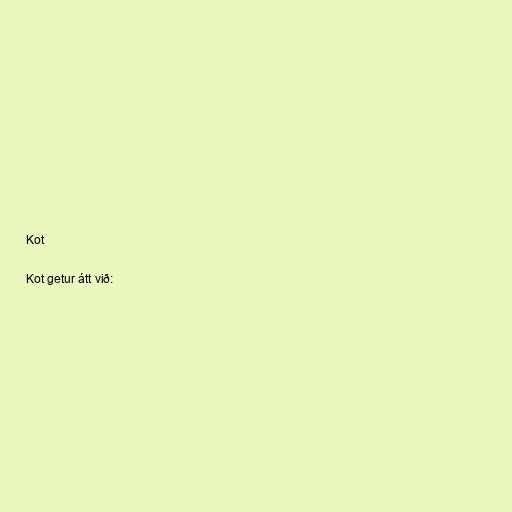
Kot

Kot getur átt við: